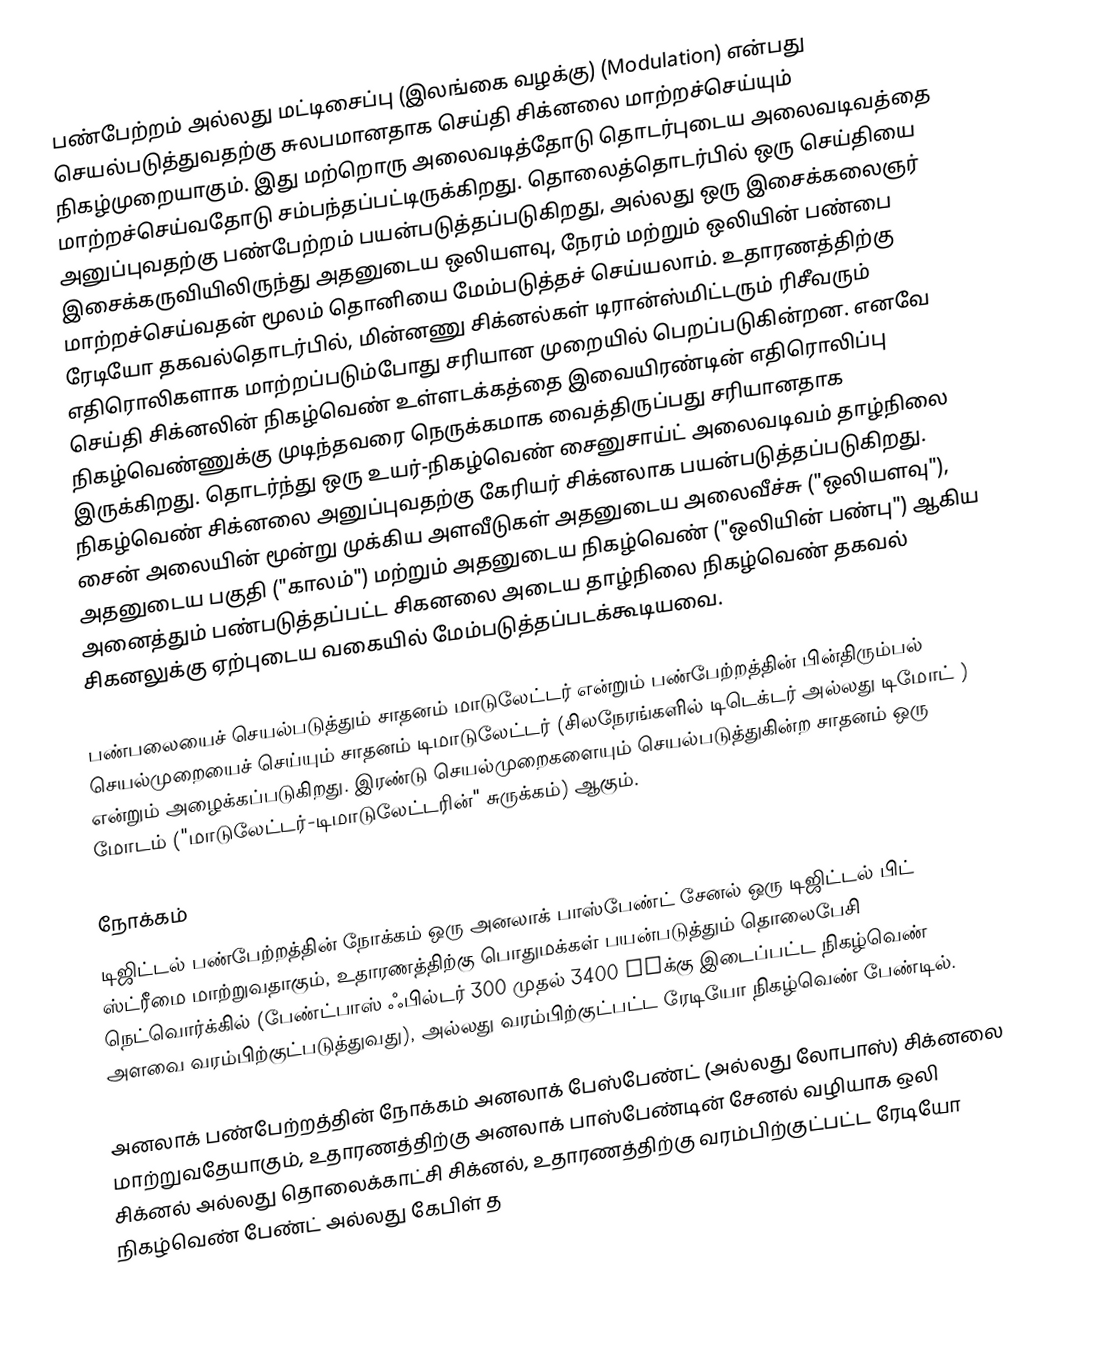
பண்பேற்றம் அல்லது மட்டிசைப்பு (இலங்கை வழக்கு) (Modulation) என்பது செயல்படுத்துவதற்கு சுலபமானதாக செய்தி சிக்னலை மாற்றச்செய்யும் நிகழ்முறையாகும். இது மற்றொரு அலைவடித்தோடு தொடர்புடைய அலைவடிவத்தை மாற்றச்செய்வதோடு சம்பந்தப்பட்டிருக்கிறது. தொலைத்தொடர்பில் ஒரு செய்தியை அனுப்புவதற்கு பண்பேற்றம் பயன்படுத்தப்படுகிறது, அல்லது ஒரு இசைக்கலைஞர் இசைக்கருவியிலிருந்து அதனுடைய ஒலியளவு, நேரம் மற்றும் ஒலியின் பண்பை மாற்றச்செய்வதன் மூலம் தொனியை மேம்படுத்தச் செய்யலாம். உதாரணத்திற்கு ரேடியோ தகவல்தொடர்பில், மின்னணு சிக்னல்கள் டிரான்ஸ்மிட்டரும் ரிசீவரும் எதிரொலிகளாக மாற்றப்படும்போது சரியான முறையில் பெறப்படுகின்றன. எனவே செய்தி சிக்னலின் நிகழ்வெண் உள்ளடக்கத்தை இவையிரண்டின் எதிரொலிப்பு நிகழ்வெண்ணுக்கு முடிந்தவரை நெருக்கமாக வைத்திருப்பது சரியானதாக இருக்கிறது. தொடர்ந்து ஒரு உயர்-நிகழ்வெண் சைனுசாய்ட் அலைவடிவம் தாழ்நிலை நிகழ்வெண் சிக்னலை அனுப்புவதற்கு கேரியர் சிக்னலாக பயன்படுத்தப்படுகிறது. சைன் அலையின் மூன்று முக்கிய அளவீடுகள் அதனுடைய அலைவீச்சு ("ஒலியளவு"), அதனுடைய பகுதி ("காலம்") மற்றும் அதனுடைய நிகழ்வெண் ("ஒலியின் பண்பு") ஆகிய அனைத்தும் பண்படுத்தப்பட்ட சிகனலை அடைய தாழ்நிலை நிகழ்வெண் தகவல் சிகனலுக்கு ஏற்புடைய வகையில் மேம்படுத்தப்படக்கூடியவை.

பண்பலையைச் செயல்படுத்தும் சாதனம் மாடுலேட்டர் என்றும் பண்பேற்றத்தின் பின்திரும்பல் செயல்முறையைச் செய்யும் சாதனம் டிமாடுலேட்டர் (சிலநேரங்களில் டிடெக்டர் அல்லது டிமோட் ) என்றும் அழைக்கப்படுகிறது. இரண்டு செயல்முறைகளையும் செயல்படுத்துகின்ற சாதனம் ஒரு மோடம் ("மாடுலேட்டர்-டிமாடுலேட்டரின்" சுருக்கம்) ஆகும்.

நோக்கம்
டிஜிட்டல் பண்பேற்றத்தின் நோக்கம் ஒரு அனலாக் பாஸ்பேண்ட் சேனல் ஒரு டிஜிட்டல் பிட் ஸ்ட்ரீமை மாற்றுவதாகும், உதாரணத்திற்கு பொதுமக்கள் பயன்படுத்தும் தொலைபேசி நெட்வொர்க்கில் (பேண்ட்பாஸ் ஃபில்டர் 300 முதல் 3400 Hzக்கு இடைப்பட்ட நிகழ்வெண் அளவை வரம்பிற்குட்படுத்துவது), அல்லது வரம்பிற்குட்பட்ட ரேடியோ நிகழ்வெண் பேண்டில்.

அனலாக் பண்பேற்றத்தின் நோக்கம் அனலாக் பேஸ்பேண்ட் (அல்லது லோபாஸ்) சிக்னலை மாற்றுவதேயாகும், உதாரணத்திற்கு அனலாக் பாஸ்பேண்டின் சேனல் வழியாக ஒலி சிக்னல் அல்லது தொலைக்காட்சி சிக்னல், உதாரணத்திற்கு வரம்பிற்குட்பட்ட ரேடியோ நிகழ்வெண் பேண்ட் அல்லது கேபிள் த